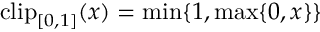
\mathrm { c l i p } _ { [ 0 , 1 ] } ( x ) = \operatorname* { m i n } \{ 1 , \operatorname* { m a x } \{ 0 , x \} \}